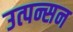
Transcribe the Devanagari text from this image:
उत्पन्सन